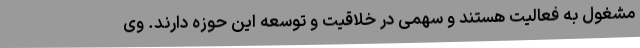
مشغول به فعالیت هستند و سهمی در خلاقیت و توسعه این حوزه دارند. وی